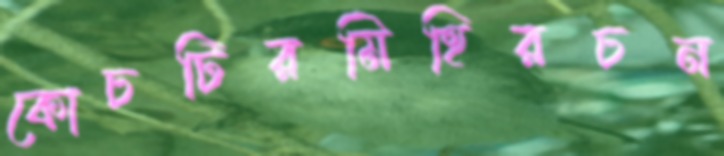
কোচটিরমিহিরচন